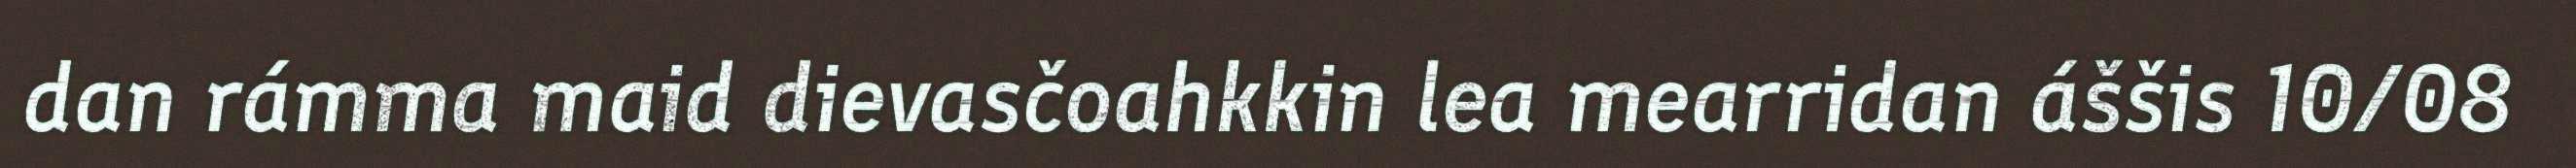
dan rámma maid dievasčoahkkin lea mearridan áššis 10/08